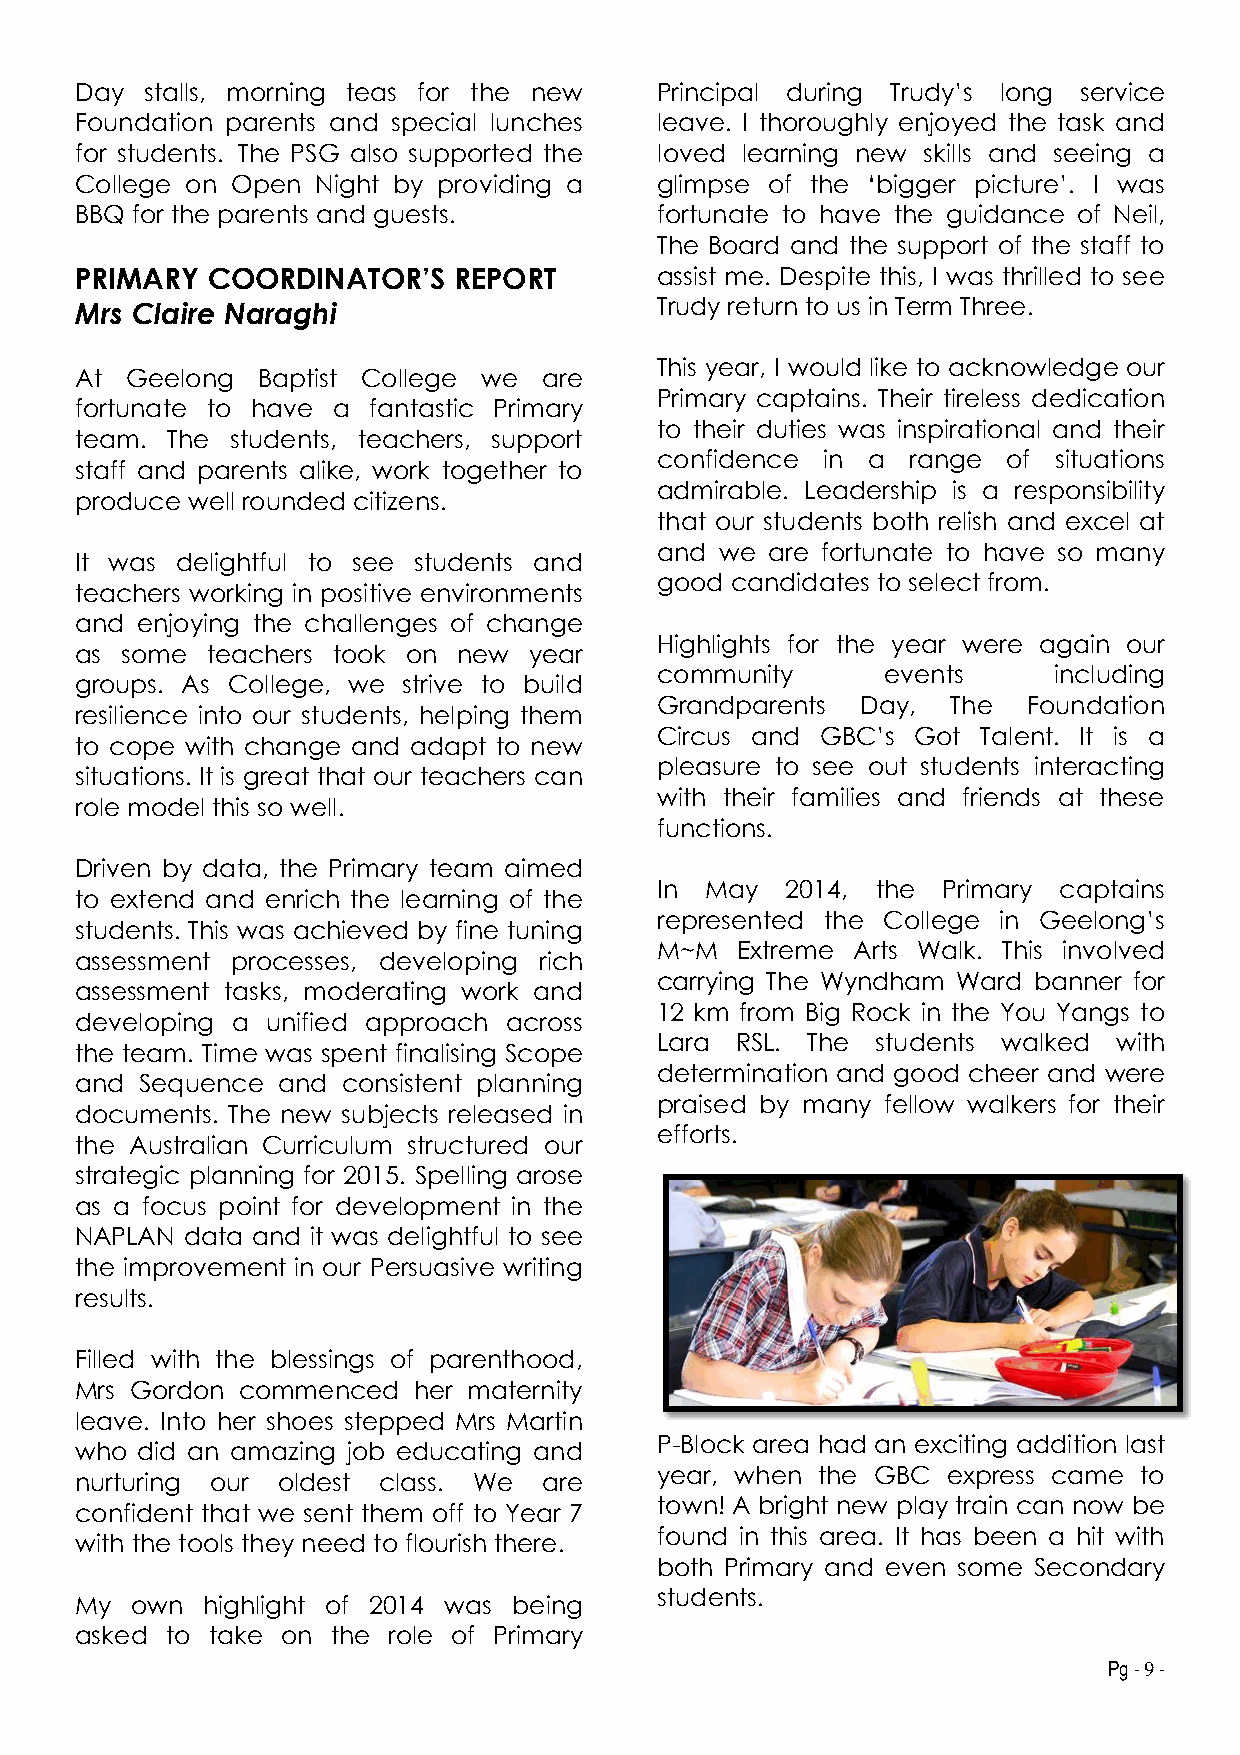
Day  stalls, morning teas for the new Principal during Trudy’s long service
 Foundation parents and special lunches leave. I thoroughly enjoyed the task and
 for students. The PSG also supported the loved learning new skills and seeing a
 College on Open Night by providing a  glimpse of the ‘bigger picture’. I was
 BBQ for the parents and guests.       fortunate to have the guidance of Neil,
 The Board and the support of the staff to
 PRIMARY  COORDINATOR’S   REPORT       assist me. Despite this, I was thrilled to see
 Mrs Claire Naraghi                    Trudy return to us in Term Three.
 This year, I would like to acknowledge our
 At Geelong  Baptist College we are
 Primary captains. Their tireless dedication
 fortunate to have a fantastic Primary
 to their duties was inspirational and their
 team. The students, teachers, support
 confidence in a  range  of situations
 staff and parents alike, work together to
 admirable. Leadership is a responsibility
 produce well rounded citizens.
 that our students both relish and excel at
 and  we are fortunate to have so many
 It was delightful to see students and
 good candidates to select from.
 teachers working in positive environments
 and enjoying the challenges of change
 Highlights for the year were again our
 as some  teachers took on new year
 community      events      including
 groups. As College, we strive to build
 Grandparents  Day,  The  Foundation
 resilience into our students, helping them
 Circus and GBC’s  Got Talent. It is a
 to cope with change and adapt to new
 pleasure to see out students interacting
 situations. It is great that our teachers can
 with their families and friends at these
 role model this so well.
 functions.
 Driven by data, the Primary team aimed
 In  May  2014, the Primary captains
 to extend and enrich the learning of the
 represented the College in Geelong’s
 students. This was achieved by fine tuning
 M~M   Extreme Arts Walk. This involved
 assessment processes, developing rich
 carrying The Wyndham Ward banner for
 assessment tasks, moderating work and
 12 km from Big Rock in the You Yangs to
 developing a unified approach across
 Lara  RSL. The students walked with
 the team. Time was spent finalising Scope
 determination and good cheer and were
 and Sequence and  consistent planning
 praised by many fellow walkers for their
 documents. The new subjects released in
 efforts.
 the Australian Curriculum structured our
 strategic planning for 2015. Spelling arose
 as a focus point for development in the
 NAPLAN data and it was delightful to see
 the improvement in our Persuasive writing
 results.
 Filled with the blessings of parenthood,
 Mrs Gordon commenced  her maternity
 leave. Into her shoes stepped Mrs Martin
 P-Block area had an exciting addition last
 who did an amazing job educating and
 year, when the GBC  express came to
 nurturing our oldest class. We are
 town! A bright new play train can now be
 confident that we sent them off to Year 7
 found in this area. It has been a hit with
 with the tools they need to flourish there.
 both Primary and even some Secondary
 students.
 My  own highlight of 2014 was being
 asked to take on the role of Primary
 Pg - 9 -